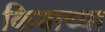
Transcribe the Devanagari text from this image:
कियाच्या